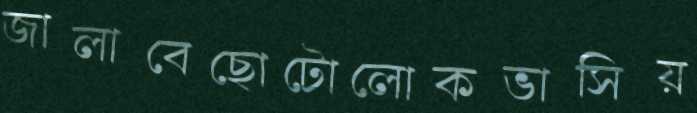
জালাবেছোটোলোকভাসিয়